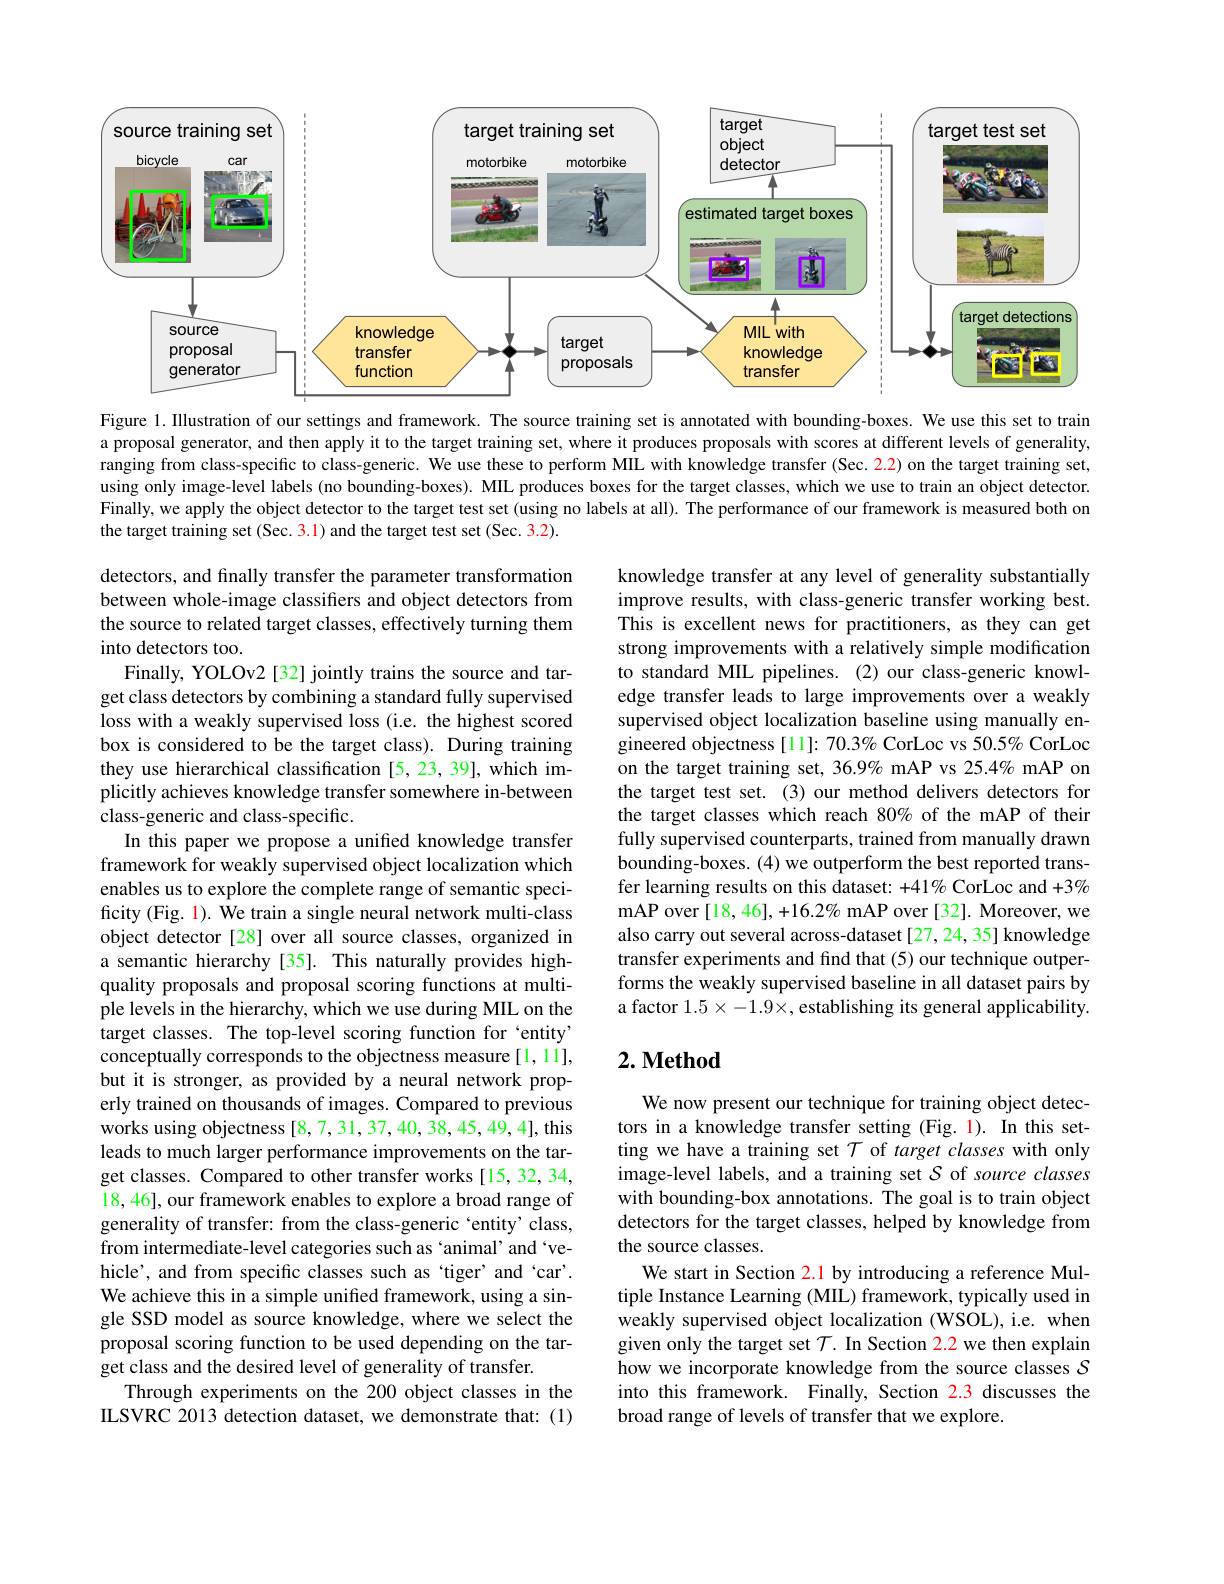
<FigureHere>

Figure 1. Illustration of our settings and framework. The source training set is annotated with bounding-boxes. We use this set to train a proposal generator, and then apply it to the target training set, where it produces proposals with scores at different levels of generality, ranging from class-specific to class-generic. We use these to perform MIL with knowledge transfer (Sec. $\color{red}{2.2})$ on the target training set, using only image-level labels (no bounding-boxes). MIL produces boxes for the target classes, which we use to train an object detector. Finally, we apply the object detector to the target test set (using no labels at all). The performance of our framework is measured both on the target training set (Sec. 3.1) and the target test set (Sec. 3.2).

knowledge transfer at any level of generality substantially improve results, with class-generic transfer working best. This is excellent news for practitioners, as they can get strong improvements with a relatively simple modification to standard MIL pipelines. (2) our class-generic knowledge transfer leads to large improvements over a weakly supervised object localization baseline using manually engineered objectness[11]: 70.3% CorLoc vs 50.5% CorLoc on the target training set, 36.9% mAP vs 25.4% mAP on the target test set. (3) our method delivers detectors for the target classes which reach 80% of the mAP of their fully supervised counterparts, trained from manually drawn bounding-boxes. (4) we outperform the best reported transfer learning results on this dataset: +41% CorLoc and +3% mAP over [18,46], +16.2% mAP over [32]. Moreover, we also carry out several across-dataset [27, 24, 35] knowledge transfer experiments and find that (5) our technique outperforms the weakly supervised baseline in all dataset pairs by a factor $1.5\times-1.9\times$, establishing its general applicability.

detectors, and finally transfer the parameter transformation between whole-image classifiers and object detectors from the source to related target classes, effectively turning them into detectors too.
Finally, YOLOv2 [32] jointly trains the source and target class detectors by combining a standard fully supervised loss with a weakly supervised loss (i.e. the highest scored box is considered to be the target class). During training they use hierarchical classification [5,23,39], which implicitly achieves knowledge transfer somewhere in-between class-generic and class-specific.
In this paper we propose a unified knowledge transfer framework for weakly supervised object localization which enables us to explore the complete range of semantic specificity (Fig. 1). We train a single neural network multi-class object detector [28] over all source classes, organized in a semantic hierarchy [35]. This naturally provides highquality proposals and proposal scoring functions at multiple levels in the hierarchy, which we use during MIL on the target classes. The top-level scoring function for `entity" conceptually corresponds to the objectness measure[1,11], but it is stronger, as provided by a neural network properly trained on thousands of images. Compared to previous works using objectness [8,7,31,37,40,38,45,49,4], this leads to much larger performance improvements on the target classes. Compared to other transfer works [15,32,34, 18,46], our framework enables to explore a broad range of generality of transfer: from the class-generic `entity' class, from intermediate-level categories such as ‘animal’ and‘vehicle', and from specific classes such as `tiger' and 'car'. We achieve this in a simple unified framework, using a single SSD model as source knowledge, where we select the proposal scoring function to be used depending on the target class and the desired level of generality of transfer.
Through experiments on the 200 object classes in the ILSVRC 2013 detection dataset, we demonstrate that: (1)

## $2. \textbf{Method}$

We now present our technique for training object detectors in a knowledge transfer setting (Fig. 1). In this setting we have a training set $\mathcal{T}$ of target classes with only image-level labels, and a training set $\mathcal{S}$ of source classes with bounding-box annotations. The goal is to train object detectors for the target classes, helped by knowledge from the source classes.
We start in Section 2.1 by introducing a reference Multiple Instance Learning (MIL) framework, typically used in weakly supervised object localization (WSOL), i.e. when given only the target set $\mathcal{T}.$ In Section 2.2 we then explain how we incorporate knowledge from the source classes $S$ into this framework. Finally, Section 2.3 discusses the broad range of levels of transfer that we explore.